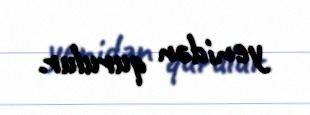
yenidən qurulur.